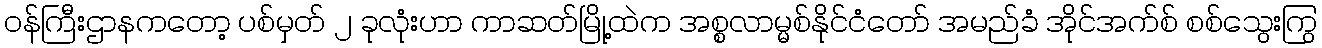
ဝန်ကြီးဌာနကတော့ ပစ်မှတ် ၂ ခုလုံးဟာ ကာဆတ်မြို့ထဲက အစ္စလာမ္မစ်နိုင်ငံတော် အမည်ခံ အိုင်အက်စ် စစ်သွေးကြွ